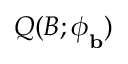
Q ( B ; \boldsymbol { \phi } _ { \mathbf { b } } )